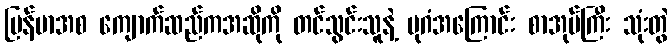
မြန်မာအစ ကျောက်ဆည်ကအဆိုကို တင်သွင်းသူနဲ့ ပုဂံအကြောင်း စာအုပ်ကြီး သုံးတွဲ